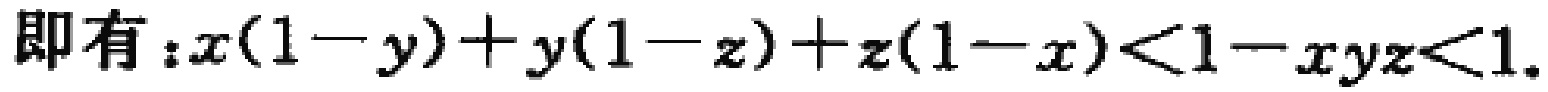
即有：\(x(1 - y)+y(1 - z)+z(1 - x)<1 - xyz<1\).